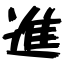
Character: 進